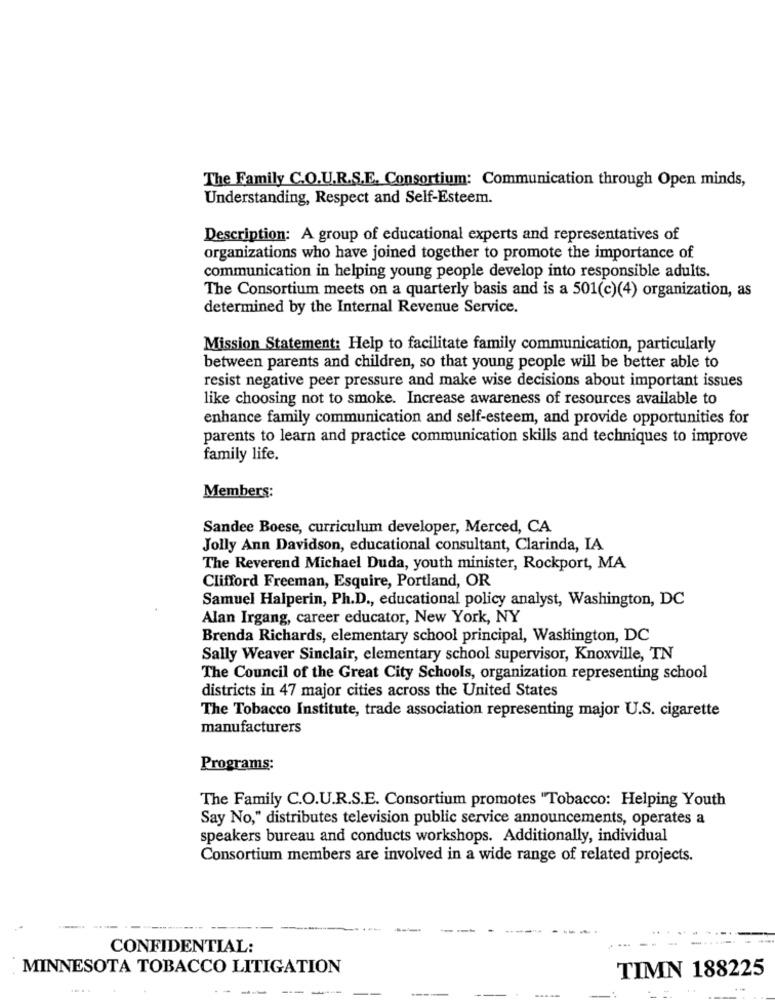
The Family C.O.U.R.S.E. Consortium: Communication through Open minds,
Understanding, Respect and Self-Esteem.
Description: A group of educational experts and representatives of
organizations who have joined together to promote the importance of
communication in helping young people develop into responsible adults.
The Consortium meets on a quarterly basis and is a 501(c)(4) organization, as
determined by the Internal Revenue Service.
Mission Statement: Help to facilitate family communication, particularly
between parents and children, so that young people will be better able to
resist negative peer pressure and make wise decisions about important issues
like choosing not to smoke. Increase awareness of resources available to
enhance family communication and self-esteem, and provide opportunities for
parents to learn and practice communication skills and techniques to improve
family life.
Members:
Sandee Boese, curriculum developer, Merced, CA
Jolly Ann Davidson, educational consultant, Clarinda, IA
The Reverend Michael Duda, youth minister, Rockport, MA
Clifford Freeman, Esquire, Portland, OR
Samuel Halperin, Ph.D ., educational policy analyst, Washington, DC
Alan Irgang, career educator, New York, NY
Brenda Richards, elementary school principal, Washington, DC
Sally Weaver Sinclair, elementary school supervisor, Knoxville, TN
The Council of the Great City Schools, organization representing school
districts in 47 major cities across the United States
The Tobacco Institute, trade association representing major U.S. cigarette
manufacturers
Programs:
The Family C.O.U.R.S.E. Consortium promotes "Tobacco: Helping Youth
Say No," distributes television public service announcements, operates a
speakers bureau and conducts workshops. Additionally, individual
Consortium members are involved in a wide range of related projects.
CONFIDENTIAL:
MINNESOTA TOBACCO LITIGATION
TIMN 188225